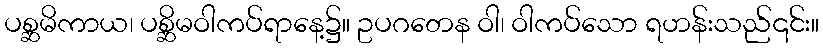
ပစ္ဆမိကာယ၊ ပစ္ဆိမဝါကပ်ရာနေ့၌။ ဥပဂတေန ဝါ၊ ဝါကပ်သော ရဟန်းသည်၎င်း။